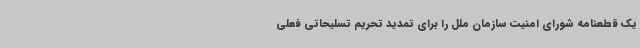
یک قطعنامه شورای امنیت سازمان ملل را برای تمدید تحریم تسلیحاتی فعلی